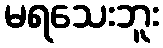
မရသေးဘူး